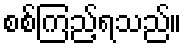
စစ်ကြည့်ရသည်။